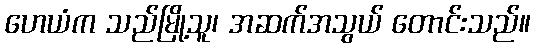
ဟေယံက သည်မြို့သူ၊ အဆက်အသွယ် တောင်းသည်။